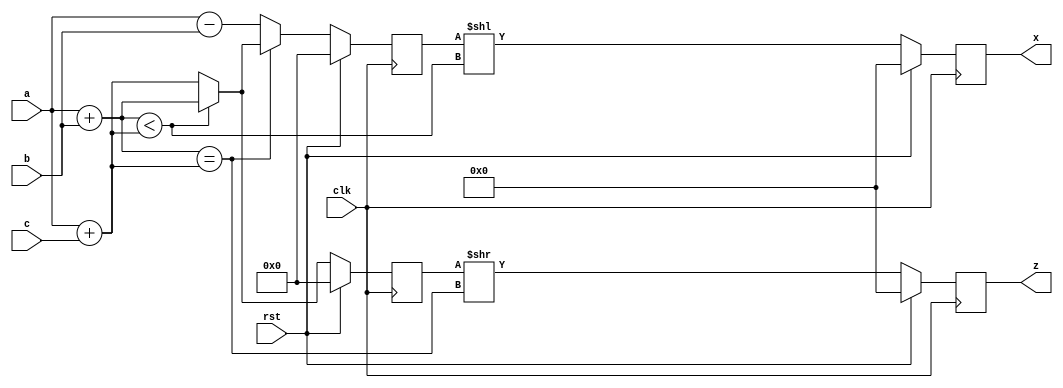
`timescale 1ns/1ns

module circuit4_behav(a,b,c,z,x,clk,rst);

    input             clk, rst;
    input      [63:0] a, b, c;
    output reg [31:0] z, x;
    wire       [63:0] d, e, f, g, h;
    wire              dLTe, dEQe;
    wire       [63:0] xrin, zrin;
    reg        [63:0] greg, hreg;

    assign d = a + b;
    assign e = a + c;
    assign f = a - b;
    assign dEQe = d == e;
    assign dLTe = d < e;
    assign g = dLTe ? d : e;
    assign h = dEQe ? g : f;
    always @(posedge clk) greg <= rst ? 0 : g;
    always @(posedge clk) hreg <= rst ? 0 : h;
    assign xrin = hreg << dLTe;
    assign zrin = greg >> dEQe;
    always @(posedge clk) x <= rst ? 0 : xrin[31:0];
    always @(posedge clk) z <= rst ? 0 : zrin[31:0];

endmodule